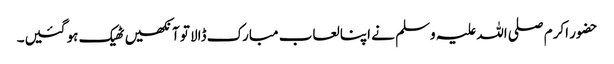
حضور اکرم صلی اللہ علیہ وسلم نے اپنا لعاب مبارک ڈالا تو آنکھیں ٹھیک ہو گئیں۔